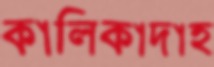
কালিকাদাহ